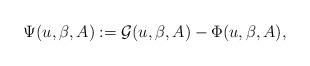
LaTeX: \begin{align*}\Psi (u,\beta,A) := \mathcal{G}(u,\beta,A) - \Phi(u,\beta,A),\end{align*}